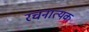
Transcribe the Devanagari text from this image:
रचनात्यक